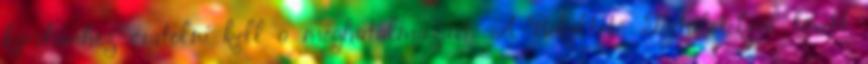
kérelemhez csatolni kell a meghatalmazást. A Békéltető Testületekről bővebb